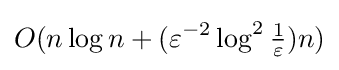
O(n\log n+(\varepsilon ^{-2}\log ^{2}{\tfrac {1}{\varepsilon }})n)